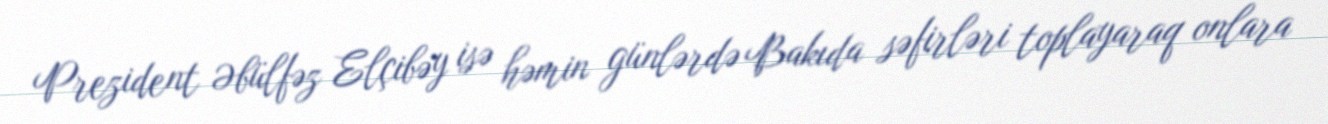
Prezident Əbülfəz Elçibəy isə həmin günlərdə Bakıda səfirləri toplayaraq onlara